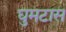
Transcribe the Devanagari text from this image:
घुमटास